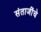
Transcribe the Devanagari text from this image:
संताजींचे